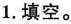
1.填空。